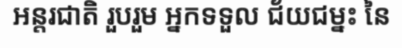
អន្តរជាតិ រួបរួម អ្នកទទួល ជ័យជម្នះ នៃ